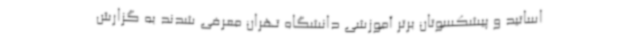
اساتید و پیشکسوتان برتر آموزشی دانشگاه تهران معرفی شدند به گزارش